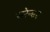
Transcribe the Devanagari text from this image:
सरेन्डर